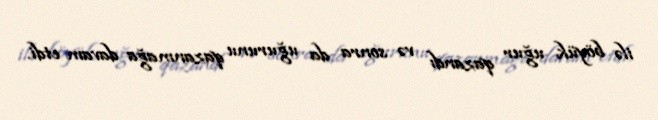
ilə böyük uğur qazandı və sonra da uğurunu qazanmağa davam etdi.